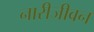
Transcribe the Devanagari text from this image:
नारीजीवन